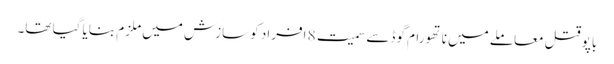
باپو قتل معاملے میں ناتھورام گوڈسے سمیت 8 افراد کو سازش میں ملزم بنایا گیا تھا۔